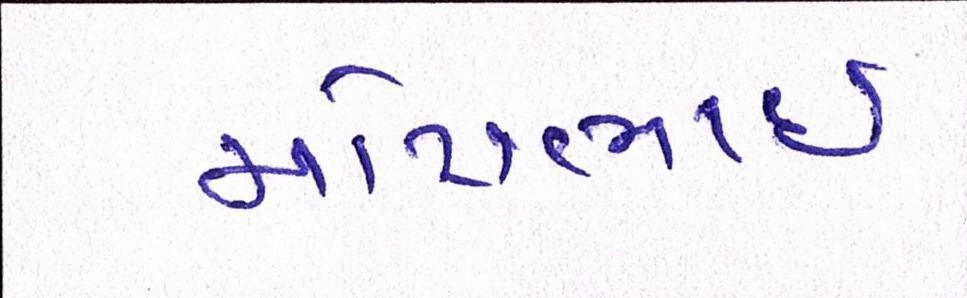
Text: મોટાભાઈ